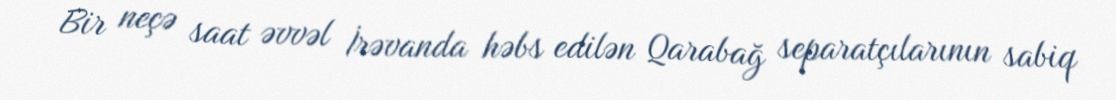
Bir neçə saat əvvəl İrəvanda həbs edilən Qarabağ separatçılarının sabiq